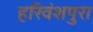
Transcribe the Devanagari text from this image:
हरिवंशपुरा